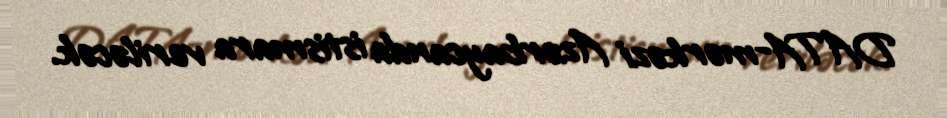
DATA-mərkəzi Azərbaycanda istismara veriləcək.